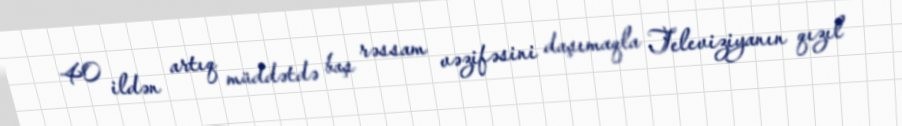
40 ildən artıq müddətdə baş rəssam vəzifəsini daşımaqla Televiziyanın qızıl